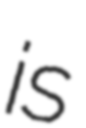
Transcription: is